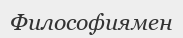
Философиямен